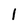
Character: 1